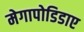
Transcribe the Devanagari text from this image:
मेगापोडिडाए